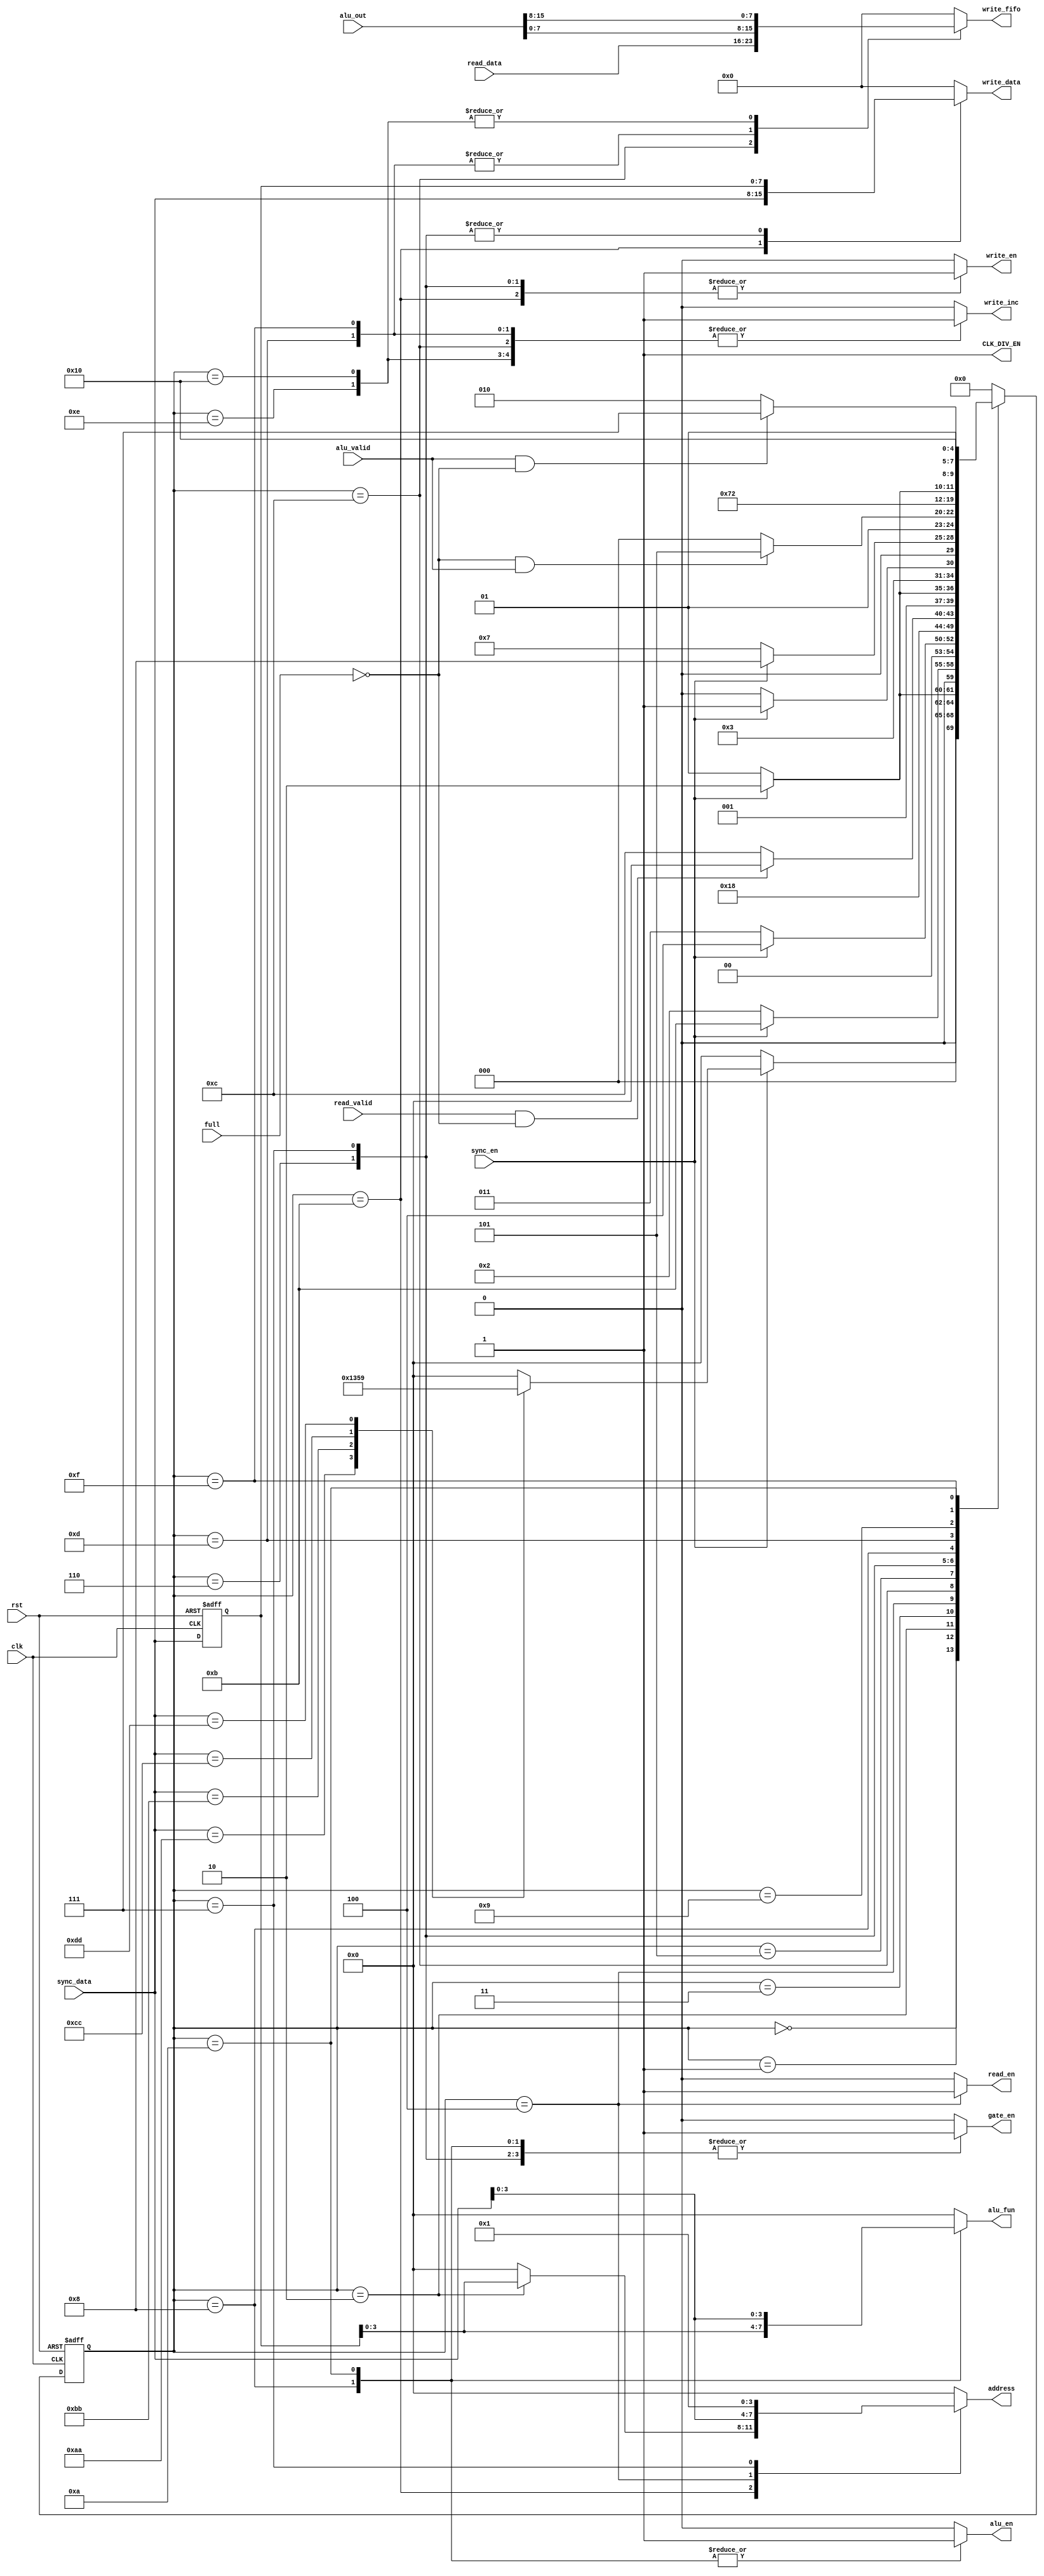
module sysctrl #(parameter W = 8, S = 4 , A = 4)(
  input sync_en,
  input clk, rst,
  input [2*W-1:0] alu_out,
  input [W-1:0] sync_data, read_data, 
  input read_valid, full, alu_valid,
  output reg [S-1:0] alu_fun,
  output reg write_en, read_en, gate_en, alu_en, write_inc, CLK_DIV_EN,
  output reg [W-1:0] write_data, write_fifo,
  output reg [A-1:0] address
  );
  
   localparam       idle  = 5'b00000 ,
                    command1_1 = 5'b00001 ,                    
                    command1_2 = 5'b00010 ,
                    command2_1 = 5'b00011 ,
                    command2_2 = 5'b00100 ,
                    command3_1 = 5'b00101 ,
                    command3_2 = 5'b00110 ,
                    command3_3 = 5'b00111 ,
                    command3_4 = 5'b01000 ,
                    command4_1 = 5'b01001 ,
                    command4_2 = 5'b01010 ,
                    command1_3 = 5'b01011 ,
                    command2_3 = 5'b01100 ,
                    command3_5 = 5'b01101 ,
                    command3_6 = 5'b01110 ,
                    command4_3 = 5'b01111 ,
                    command4_4 = 5'b10000;
  
  reg [4:0] current_state, next_state;
  reg [7:0] sync_data_int;
  reg [A-1:0] address_storage;
  
  
  always @ (posedge clk , negedge rst)
   begin
    if(!rst)
      begin
       current_state <= idle;
       sync_data_int <= 0;
      end
    else
      begin
       current_state <= next_state;
       sync_data_int <= sync_data;
      end
   end
   
always @ (*)
  begin
   CLK_DIV_EN = 1;
   write_data = 0;
   write_en = 0;
   read_en = 0;
   write_fifo = 0;
   write_inc = 0;
   gate_en = 0;
   alu_en = 0;
   alu_fun = 0;
   address = 0;
   case(current_state)
       
      idle: address_storage = 0;
      
      //Command1********
      
      command1_1: address_storage = 0;
      
      command1_2: address_storage = sync_data_int;
       
      command1_3: 
       begin
        write_data = sync_data;
        address = address_storage;
        write_en = 1;
        address_storage = 0;
       end
       
      //Command2*******
       
      command2_1: address_storage = 0;
      
      command2_2:
       begin
         address = sync_data;
         read_en = 1;
         address_storage = 0;       
       end
      
      command2_3 :
       begin
        write_fifo = read_data;
        write_inc = 1;
        address_storage = 0;
       end
       
       //Command3***********

      command3_1: address_storage = 0;
      
      command3_2: 
       begin
         gate_en = 1;
         write_en = 1;
         write_data = sync_data_int;
         address_storage = 0; 
       end
       
      command3_3: 
       begin
         gate_en = 1;
         write_en = 1;
         address = 1;
         write_data = sync_data_int;
         address_storage = 0;
       end
       
      command3_4: 
       begin
         gate_en = 1;
         alu_en = 1;
         alu_fun = sync_data_int;
         address_storage = 0;
       end 
      
      command3_5: 
       begin
         write_fifo = alu_out[7:0];
         write_inc = 1;
         address_storage = 0;
       end 
       
      command3_6: 
       begin
         write_fifo = alu_out[15:8];
         write_inc = 1;
         address_storage = 0;
       end 
       
    //Command4**********
      
      command4_1: address_storage = 0;
      
      command4_2:
       begin
         alu_en = 1;
         alu_fun = sync_data;
         gate_en = 1;
         address_storage = 0;
       end
       
      command4_3: 
       begin
         write_fifo = alu_out[7:0];
         write_inc = 1;
         address_storage = 0;
       end
       
      command4_4: 
       begin
         write_fifo = alu_out[15:8];
         write_inc = 1;
         address_storage = 0;
       end 

      default: address_storage = 0; 
       
     endcase
   end

   
   always @ (*)
    begin
      case (current_state)
        
          idle: 
           begin
             if (sync_en)
               begin
                 case (sync_data)
                     16'hAA: next_state = command1_1;
                     16'hBB: next_state = command2_1;
                     16'hCC: next_state = command3_1;
                     16'hDD: next_state = command4_1;
                     default: next_state = idle;
                 endcase
               end
             else
               next_state = idle;
           end
           
           //Command1********
           
          command1_1:
           begin
            if (sync_en)
              next_state = command1_2;
            else
              next_state = command1_1;
           end
           
          command1_2:
           begin
             if(sync_en)
               next_state = command1_3;
             else
               next_state = command1_2;
           end
           
           command1_2: next_state = idle;
       
           //Command2*******
               
          command2_1:
           begin
            if (sync_en)
             next_state = command2_2;
            else
             next_state = command2_1;
           end
             
          command2_2: next_state = command2_3;
          
          command2_3:
           begin
            if(read_valid & !full)
              next_state = idle; 
            else
              next_state = command2_3;
           end 
          
          //Command3***********
          
          command3_1:
           begin
             if (sync_en)
              next_state = command3_2;
             else
              next_state = command3_1;  
            end
           
          command3_2:
           begin
            if (sync_en)
             next_state = command3_3;
            else
             next_state = command3_2;
           end
          
          command3_3:
           begin
            if (sync_en)
             next_state = command3_4;
            else
             next_state = command3_3;
           end
           
          command3_4:
           begin
            if(!full && alu_valid) 
              next_state = command3_5;
            else
              next_state = command3_4;
           end
           
          command3_5:
           begin
              next_state = command3_6;
           end          
           
          command3_6:
           begin
              next_state = idle;
           end 
           
          //Command4********** 
           
          command4_1:
           begin
            if (sync_en)
             next_state = command4_2;
            else
             next_state = command4_1;
           end 
          
          command4_2:
           begin
            if (alu_valid & !full)
             next_state = command4_3;
            else
             next_state = command4_2;
           end
           
          command4_3:
           begin
              next_state = command4_4;
           end
           
          command4_4:
           begin
              next_state = idle;
           end
           
           
          default: next_state = idle;
           
         endcase
       end
       
     endmodule